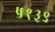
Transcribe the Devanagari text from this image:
५१३९